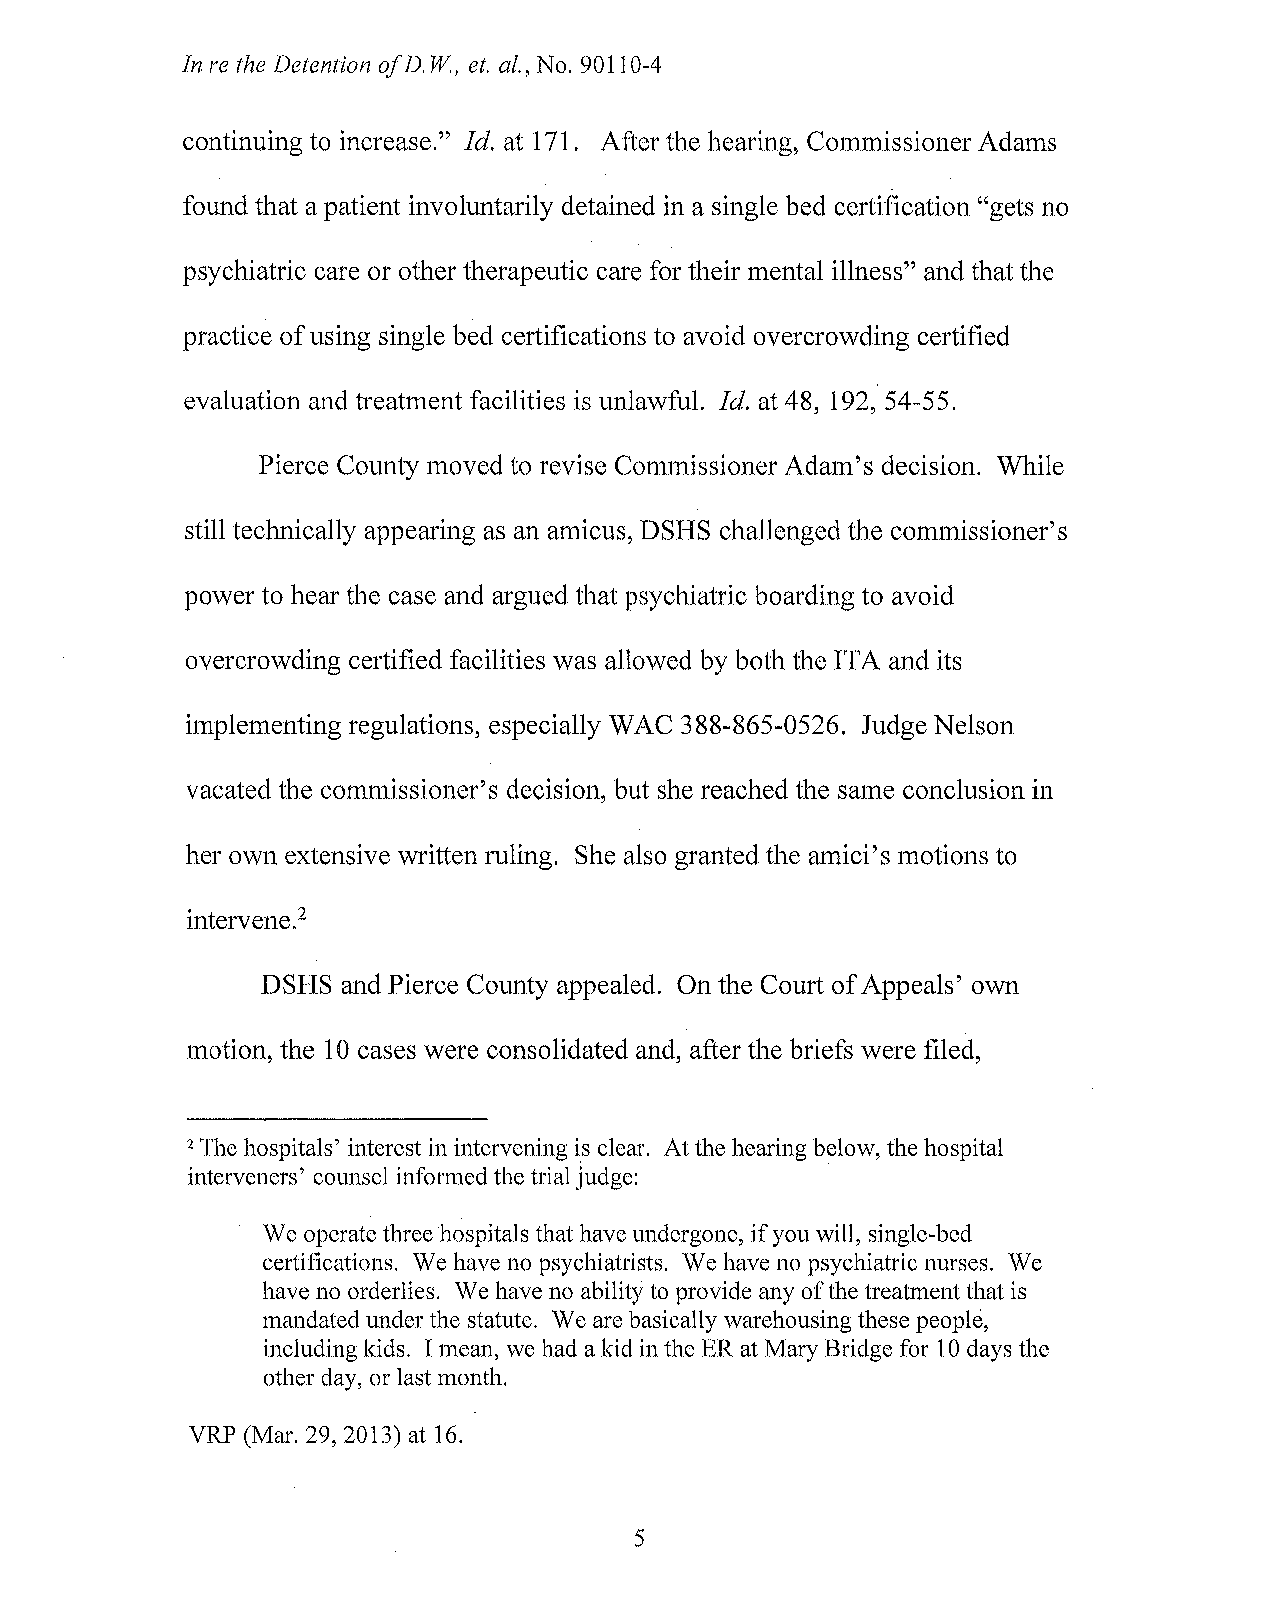
In re the Detention ofD . W, et. al., No. 90110-4
 continuing to increase." ld. at 171. After the hearing, Commissioner Adams
 found that a patient involuntarily detained in a single bed certification "gets no
 psychiatric care or other therapeutic care for their mental illness" and that the
 practice of using single bed certifications to avoid overcrowding certified
 evaluation and treatment facilities is unlawful. Id. at 48, 192, 54-55.
 Pierce County moved to revise Commissioner Adam's decision. While
 still technically appearing as an amicus, DSHS challenged the commissioner's
 power to hear the case and argued that psychiatric boarding to avoid
 overcrowding certified facilities was allowed by both the ITA and its
 implementing regulations, especially WAC 388-865-0526. Judge Nelson
 vacated the commissioner's decision, but she reached the same conclusion in
 her own extensive written ruling. She also granted the amici's motions to
 intervene.2
 DSHS  and Pierce County appealed. On the Court of Appeals' own
 motion, the 10 cases were consolidated and, after the briefs were filed,
 2 The hospitals' interest in intervening is clear. At the hearing below, the hospital
 interveners' counsel informed the trial judge:
 We operate three hospitals that have undergone, if you will, single-bed
 certifications. We have no psychiatrists. We have no psychiatric nurses. We
 have no orderlies. We have no ability to provide any of the treatment that is
 mandated under the statute. We are basically warehousing these people,
 including kids. I mean, we had a kid in the ER at Mary Bridge for 10 days the
 other day, or last month.
 VRP (Mar. 29, 2013) at 16.
 5